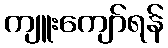
ကျူးကျော်ရန်